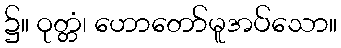
၌။ ဝုတ္တံ၊ ဟောတော်မူအပ်သော။